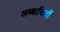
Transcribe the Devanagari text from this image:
अब्बासिदों